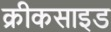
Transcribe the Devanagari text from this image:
क्रीकसाइड